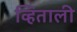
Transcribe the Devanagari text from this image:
व्हिताली